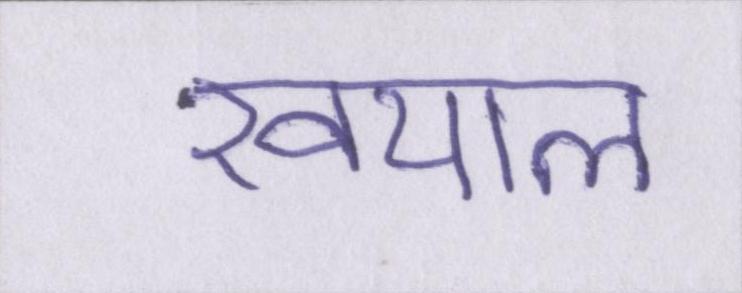
खयाल